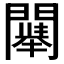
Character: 𲈳